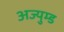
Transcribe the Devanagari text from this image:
अज्युम्ड